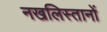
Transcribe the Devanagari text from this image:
नखलिस्तानों